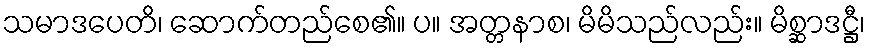
သမာဒပေတိ၊ ဆောက်တည်စေ၏။ ပ။ အတ္တနာစ၊ မိမိသည်လည်း။ မိစ္ဆာဒဋ္ဌီ၊